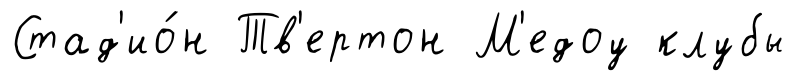
Стад'ио́н Тв'ертон М'едоу клубы